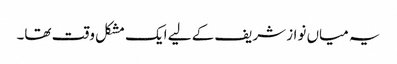
یہ میاں نواز شریف کے لیے ایک مشکل وقت تھا۔